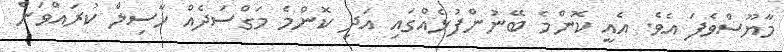
މާޔޫސްވެފަ އެވެ. އެއީ ކޮންމެ ބޭނުންފުޅެއްގައި އަދި ކޮންމެ މަގްސަދެއް ހާސިލް ކުރައްވަން